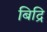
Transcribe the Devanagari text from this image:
बिद्रि